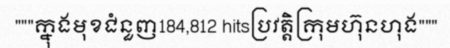
"""ក្នុងមុខជំនួញ184,812 hitsប្រវត្តិក្រុមហ៊ុនហុង"""